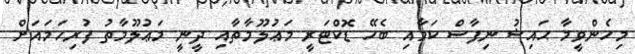
މިހެންވީމާ ޙައިޟު ނިފާސް ކަމާއި ބެހޭ ޑޮކްޓަރީ މަޢުލޫމާތާއި ދީނީ މަޢުލޫމާތު ފުރިހަމައަށް